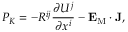
P _ { K } = - { \cal { R } } ^ { i j } \frac { \partial U ^ { j } } { \partial x ^ { i } } - { \bf { E } } _ { \mathrm { { M } } } \cdot { \bf { J } } ,